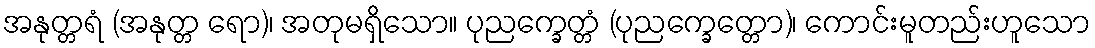
အနုတ္တရံ (အနုတ္တ ရော)၊ အတုမရှိသော။ ပုညက္ခေတ္တံ (ပုညက္ခေတ္တော)၊ ကောင်းမူတည်းဟူသော